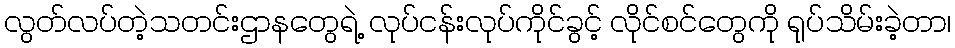
လွတ်လပ်တဲ့သတင်းဌာနတွေရဲ့ လုပ်ငန်းလုပ်ကိုင်ခွင့် လိုင်စင်တွေကို ရုပ်သိမ်းခဲ့တာ၊